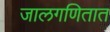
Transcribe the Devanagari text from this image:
जालगणितात